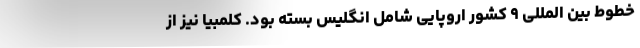
خطوط بین المللی ۹ کشور اروپایی شامل انگلیس بسته بود. کلمبیا نیز از